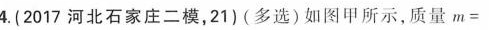
4.(2017河北石家庄二模，21)(多选)如图甲所示，质量m=